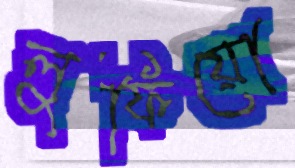
লুফিয়ো